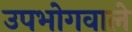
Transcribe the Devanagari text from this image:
उपभोगवाले